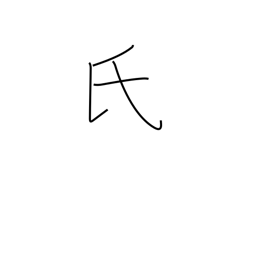
Meaning: surname